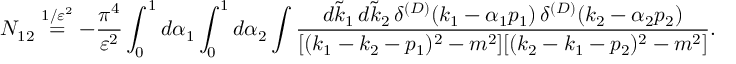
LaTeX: N _ { 1 2 } \stackrel { 1 / \varepsilon ^ { 2 } } { = } - \frac { \pi ^ { 4 } } { \varepsilon ^ { 2 } } \int _ { 0 } ^ { 1 } d \alpha _ { 1 } \int _ { 0 } ^ { 1 } d \alpha _ { 2 } \int \frac { d \tilde { k } _ { 1 } \, d \tilde { k } _ { 2 } \, \delta ^ { ( D ) } ( k _ { 1 } - \alpha _ { 1 } p _ { 1 } ) \, \delta ^ { ( D ) } ( k _ { 2 } - \alpha _ { 2 } p _ { 2 } ) } { [ ( k _ { 1 } - k _ { 2 } - p _ { 1 } ) ^ { 2 } - m ^ { 2 } ] [ ( k _ { 2 } - k _ { 1 } - p _ { 2 } ) ^ { 2 } - m ^ { 2 } ] } .